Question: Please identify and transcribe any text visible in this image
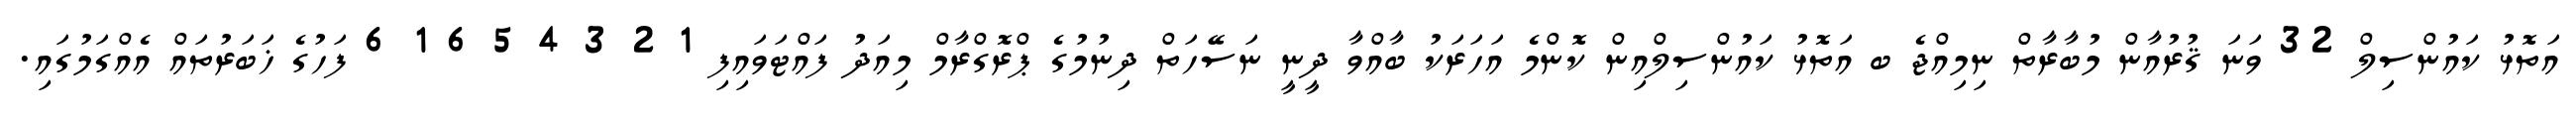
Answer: އަތޮޅު ކައުންސިލް 32 ވަނަ ޤުރުއާން މުބާރާތް ނިމިއްޖެ ބ އަތޮޅު ކައުންސިލްއިން ކޮންމެ އަހަރަކު ބާއްވާ ދީނީ ނަސޭހަތް ދިނުމުގެ ޕްރޮގްރާމް މިއަދު ފައްޓަވައިފި 1 2 3 4 5 6 1 6 ފަހުގެ ޚަބަރުތައް އެއްގަމުގައި.